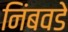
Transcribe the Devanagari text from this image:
निंबवडे